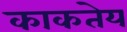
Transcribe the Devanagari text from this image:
काकतेय